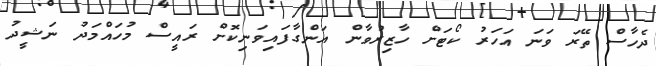
ދެހާސް ތޭރަ ވަނަ އަހަރު ކޯޓަށް ހާޒިރުވާން އަންގާފައިވަނިކޮށް ރައީސް މުހައްމަދު ނަޝީދު